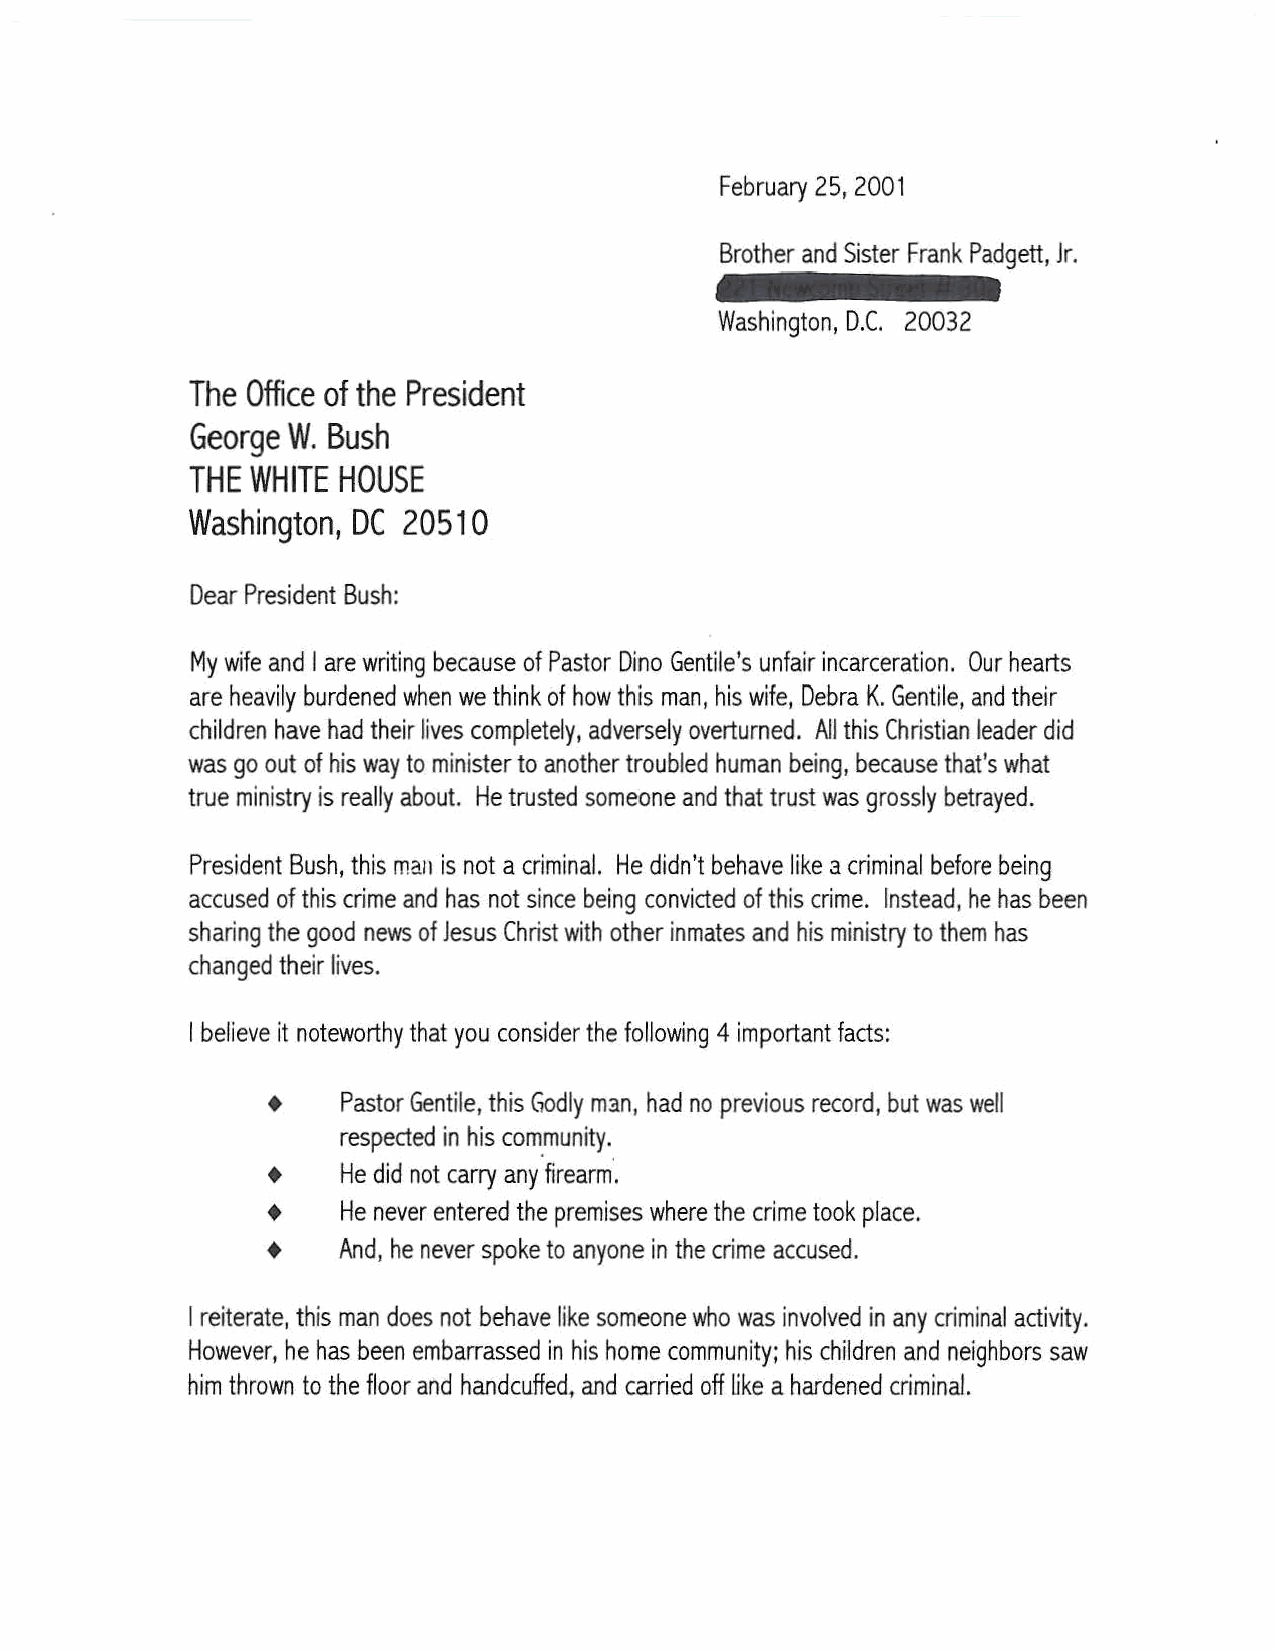
February 25, 2001
 Brother and Sister Frank Padgett, Jr.
 Washington, D.C. 20032
 The Office of the President
 George W. Bush
 THE WHITE HOUSE
 Washington, DC 2051 0
 Dear President Bush:
 My wife and I are writing because of Pastor Dino Gentile's unfair incarceration. Our hearts
 are heavily burdened when we think of how this man, his wife, Debra K. Gentile, and their
 children have had their lives completely, adversely overturned. All this Christian leader did
 was go out of his way to minister to another troubled human being, because that's what
 true ministry is really about. He trusted someone and that trust was grossly betrayed.
 President Bush, this man is not a criminal. He didn't behave like a criminal before being
 accused of this crime and has not since being convicted of this crime. Instead, he has been
 sharing the good news of Jesus Christ with other inmates and his ministry to them has
 changed their lives.
 I believe it noteworthy that you consider the following 4 important facts:
 +    Pastor Gentile, this Godly man, had no previous record, but was well
 respected in his com.munity.
 +
 He did not carry any firearm·.
 •    He never entered the premises where the crime took place.
 •    And, he never spoke to anyone in the crime accused.
 I reiterate, this man does not behave like someone who was involved in any criminal activity.
 However, he has been embarrassed in his home community; his children and neighbors saw
 him thrown to the floor and handcuffed, and carried off like a hardened criminal.